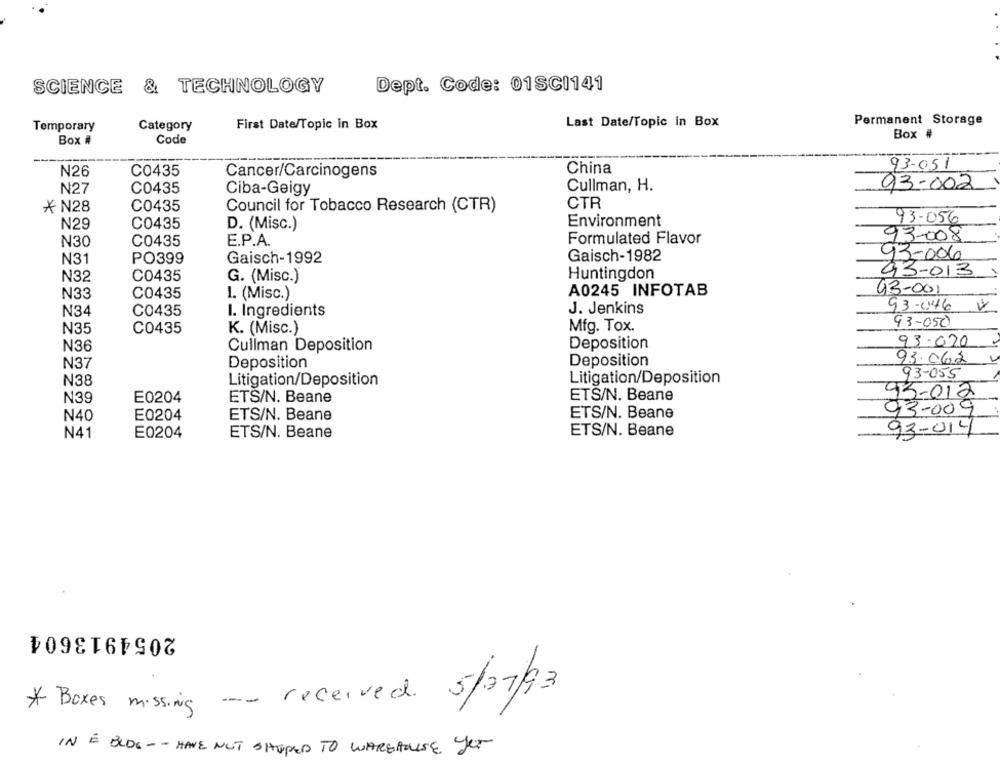
SCIENCE & TECHNOLOGY
Dept. Code: 01SCI141
Last Date/Topic In Box
Permanent Storage
Temporary
Category
First Date/Topic in Box
Box
Box
Code
China
93-051
N26
C0435
Cancer/Carcinogens
N27
C0435
Ciba-Geigy
Cullman, H.
93-002
* N28
C0435
CTR
Council for Tobacco Research (CTR)
Environment
93-056
N29
C0435
D. (Misc.)
93-008
₦30
C0435
E.P.A.
Formulated Flavor
N31
PO399
Gaisch-1992
Gaisch-1982
93-006
Huntingdon
93-013
N32
C0435
G. (Misc.)
A0245 INFOTAB
93-001
N33
C0435
1. (Misc.)
93-046 V
N34
C0435
I. Ingredients
J. Jenkins
93-050
N35
C0435
K. (Misc.)
Mfg. Tox.
93.020
N36
Cullman Deposition
Deposition
Deposition
93.06.2
N37
Deposition
93-055
N38
Litigation/Deposition
Litigation/Deposition
N39
E0204
ETS/N. Beane
ETS/N. Beane
93-012
93-009
N4C
E0204
ETS/N. Beane
ETS/N. Beane
N41
E0204
ETS/N. Beane
ETS/N. Beane
93-014
2054913604
received 5/07/93
* Boxes missing
IN É BLOG - - HAVE NOT SHOPPED TO WAREHOUSE YET